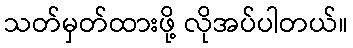
သတ်မှတ်ထားဖို့ လိုအပ်ပါတယ်။